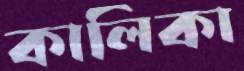
কালিকা